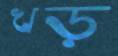
খড়